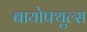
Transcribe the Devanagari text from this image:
बायोफ्युल्स